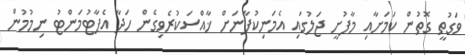
ވަގުތީ ގޮތުން ކަމަށާއި މާފުށީ ޖަލުގައި އެމަނިކުފާނަށް ޚާއްސަކުރެވިގެން ހަދާ އެޕާޓުމަންޓު ނިމުމުން